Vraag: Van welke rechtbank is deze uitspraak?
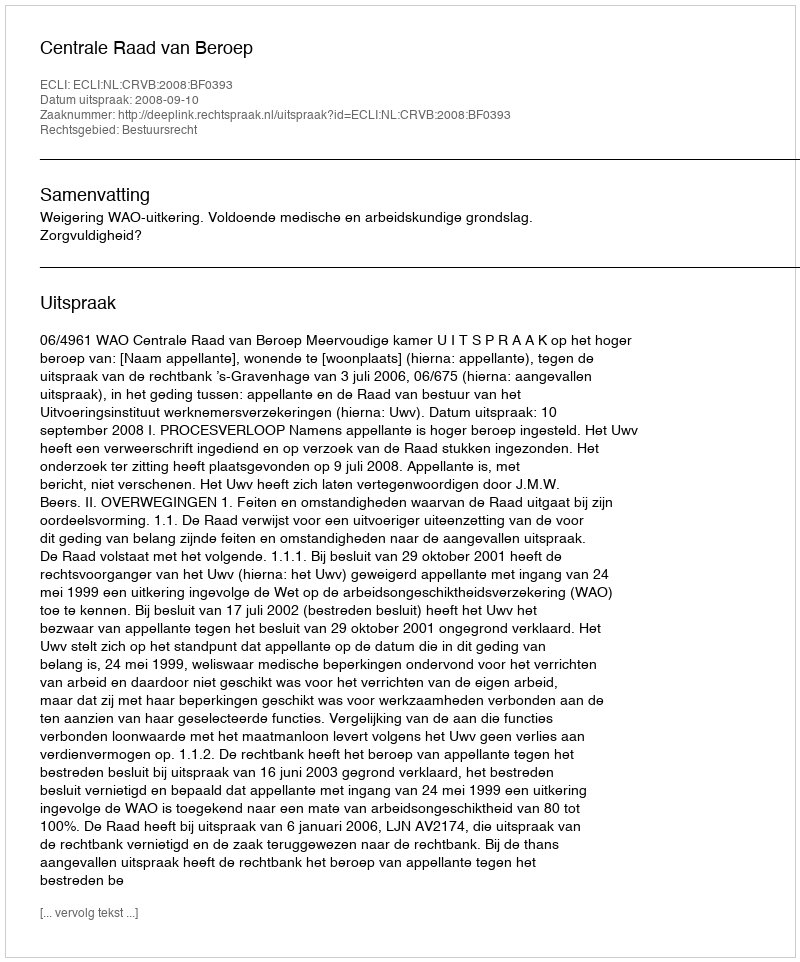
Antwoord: Centrale Raad van Beroep